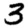
Digit: 3